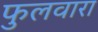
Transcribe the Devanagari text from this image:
फुलवारा